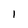
Character: 1